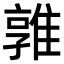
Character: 𨿡